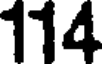
114